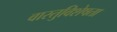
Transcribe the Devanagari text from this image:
वास्तुविशेषता